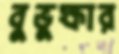
বুভুক্ষার